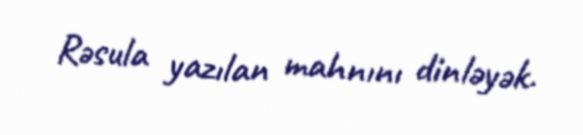
Rəsula yazılan mahnını dinləyək.